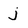
Character: j